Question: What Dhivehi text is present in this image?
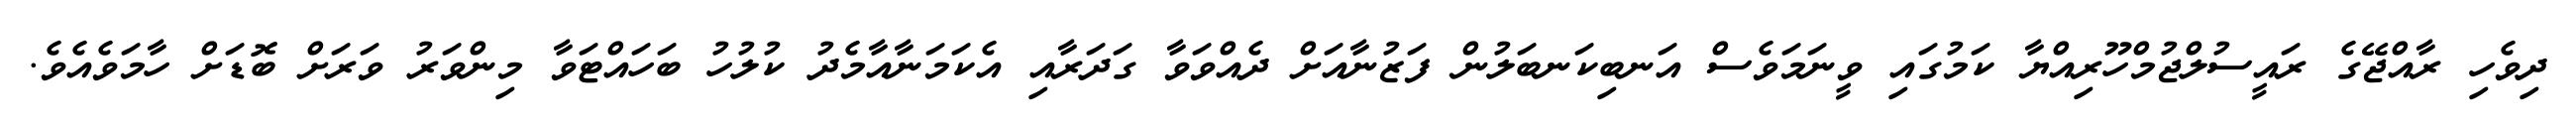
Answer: ދިވެހި ރާއްޖޭގެ ރައީސުލްޖުމްހޫރިއްޔާ ކަމުގައި ވީނަމަވެސް އަނބިކަނބަލުން ފަޒުނާއަށް ދެއްވަވާ ގަދަރާއި އެކަމަނާއާމެދު ކުލުހު ބަހައްޓަވާ މިންވަރު ވަރަށް ބޮޑަށް ހާމަވެއެވެ.